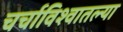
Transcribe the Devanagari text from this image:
चर्चाविश्वातल्या